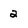
Character: 2